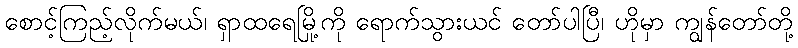
စောင့်ကြည့်လိုက်မယ်၊ ရှာထရေမြို့ကို ရောက်သွားယင် တော်ပါပြီ၊ ဟိုမှာ ကျွန်တော်တို့